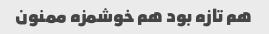
هم تازه بود هم خوشمزه ممنون